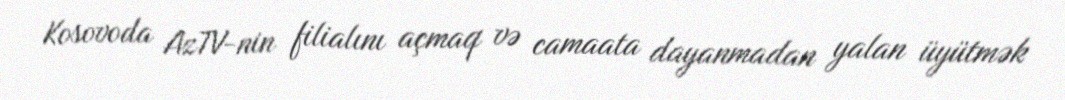
Kosovoda AzTV-nin filialını açmaq və camaata dayanmadan yalan üyütmək